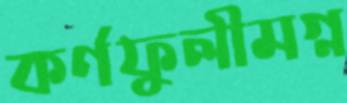
কর্ণফুলীমগ্ন